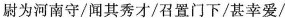
尉为河南守/闻其秀，/召置门下/甚幸爱/